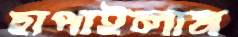
ছাপাইলাম